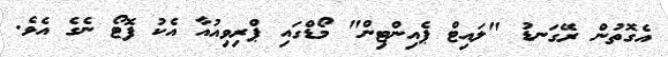
އެގޮތުން ރޭގަނޑު "ލައިޓް ޕެއިންޓިން" މޯޑްގައި ޕްރިވިއުއާ އެކު ފޮޓޯ ނެގެ އެވެ.